Vaccination North-Western Provinces 1866-1877 - 1866-1877
Year: 1866
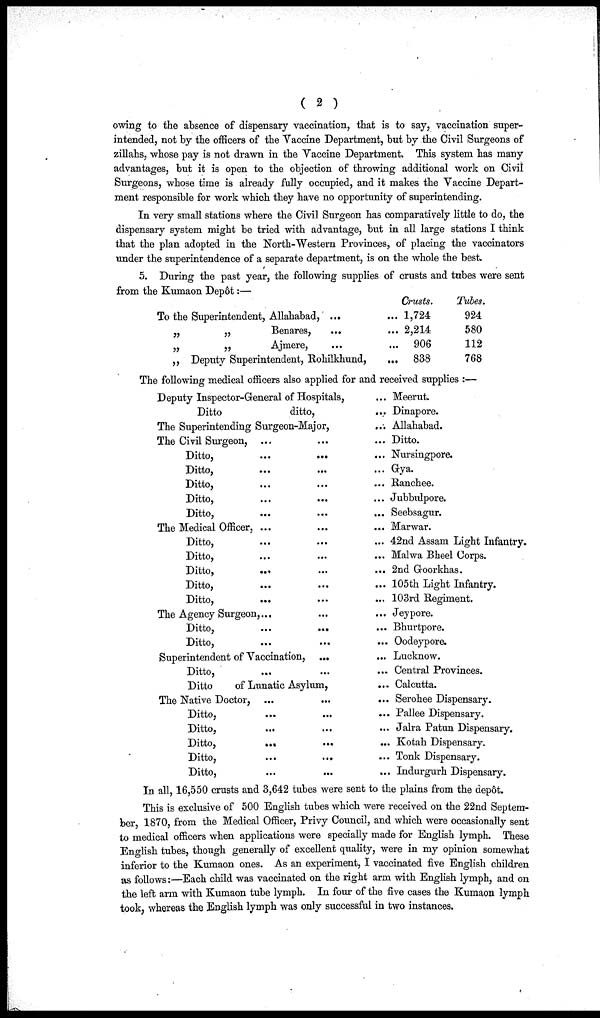
( 2 )
owing to the absence of dispensary vaccination, that is to say, vaccination super-
intended, not by the officers of the Vaccine Department, but by the Civil Surgeons of
zillahs, whose pay is not drawn in the Vaccine Department. This system has many
advantages, but it is open to the objection of throwing additional work on Civil
Surgeons, whose time is already fully occupied, and it makes the Vaccine Depart-
ment responsible for work which they have no opportunity of superintending.
In very small stations where the Civil Surgeon has comparatively little to do, the
dispensary system might be tried with advantage, but in all large stations I think
that the plan adopted in the North-Western Provinces, of placing the vaccinators
under the superintendence of a separate department, is on the whole the best.
5. During the past year, the following supplies of crusts and tubes were sent
To the Superintendent, Allahabad, ... ...
„
„
Benares,
... ...
„
„
Ajmere, ... ...
„ Deputy Superintendent, Rohilkhund,
...
Crusts.
1,724
2,214
906
838
Tubes.
924
580
112
768
The following medical officers also applied for and received supplies :—
Deputy Inspector-General of Hospitals, ...
Ditto
ditto, ...
The Superintending Surgeon-Major, ...
The Civil Surgeon, ...
Ditto,
...
...
...
Ditto,
...
... ...
Ditto, ... ... ...
Ditto, ... ... ...
Ditto,
...
...
...
The Medical Officer, ... ... ...
Ditto, ... ... ...
Ditto, ... ... ...
Ditto,
...
...
...
Ditto,
...
...
...
Ditto,
... ... ...
The Agency Surgeon,... ... ...
Ditto,
...
... ...
Ditto,
...
...
...
Superintendent of Vaccination, ...
...
Ditto,
...
...
...
Ditto
of Lunatic Asylum, ...
The Native Doctor, ... ... ...
Ditto,
...
...
...
Ditto, ... ... ...
Ditto,
...
...
...
Ditto, ... ... ...
Ditto, ... ... ...
Meerut.
Dinapore.
Allahabad.
Ditto.
Nursingpore.
Gya.
Ranchee.
Jubbulpore.
Seebsagur.
Marwar.
42nd Assam Light Infantry.
Malwa Bheel Corps.
2nd Groorkhas.
105th Light Infantry.
103rd Regiment.
Jeypore.
Bhurtpore.
Oodeypore.
Lucknow.
Central Provinces.
Calcutta.
Serohee Dispensary.
Pallee Dispensary.
Jalra Patun Dispensary.
Kotah Dispensary.
Tonk Dispensary.
Indurgurh Dispensary.
In all, 16,550 crusts and 3,642 tubes were sent to the plains from the depôt.
This is exclusive of 500 English tubes which were received on the 22nd Septem-
ber, 1870, from the Medical Officer, Privy Council, and which were occasionally sent
to medical officers when applications were specially made for English lymph. These
English tubes, though generally of excellent quality, were in my opinion somewhat
inferior to the Kumaon ones. As an experiment, I vaccinated five English children
as follows:—Each child was vaccinated on the right arm with English lymph, and on
the left arm with Kumaon tube lymph. In four of the five cases the Kumaon lymph
took, whereas the English lymph was only successful in two instances.